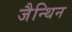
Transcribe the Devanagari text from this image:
जैन्थिन